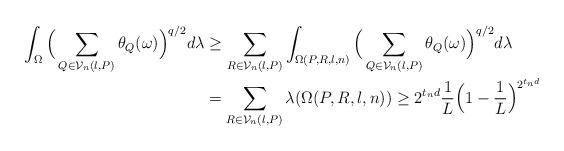
LaTeX: \begin{align*} \int_{\Omega}{ \Big(\sum_{Q\in\mathcal{V}_n(l,P)}{\theta_Q(\omega)}\Big)^{{q}/{2}} }d\lambda &\geq \sum_{R\in\mathcal{V}_{n}(l,P)}{\int_{\Omega(P,R,l,n)}{ \Big(\sum_{Q\in\mathcal{V}_n(l,P)}{\theta_Q(\omega)}\Big)^{{q}/{2}}}d\lambda} \\ &= \sum_{R\in\mathcal{V}_n(l,P)}{\lambda(\Omega(P,R,l,n)) }\geq2^{{t_n}d}\frac{1}{L}\Big(1-\frac{1}{L}\Big)^{2^{{t_n}d}}\end{align*}